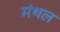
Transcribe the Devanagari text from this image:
मंथल